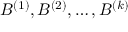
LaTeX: B ^ { ( 1 ) } , B ^ { ( 2 ) } , \ldots , B ^ { ( k ) }